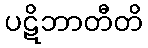
ပဋိဘာတီတိ